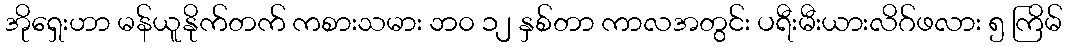
အိုရှေးဟာ မန်ယူနိုက်တက် ကစားသမား ဘ၀ ၁၂ နှစ်တာ ကာလအတွင်း ပရီးမီးယားလိဂ်ဖလား ၅ ကြိမ်